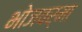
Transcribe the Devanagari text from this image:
भोजवर्मा